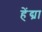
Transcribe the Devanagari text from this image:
हेंद्य्रा